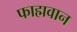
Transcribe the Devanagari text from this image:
फाह्मवान